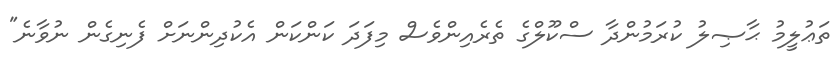
ތަޢުލީމު ޙާޞިލު ކުރަމުންދާ ސްކޫލްގެ ތެރެއިންވެސް މިފަދަ ކަންކަން އެކުދިންނަށް ފެނިގެން ނުވާނެ"